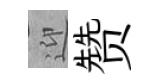
迎赞